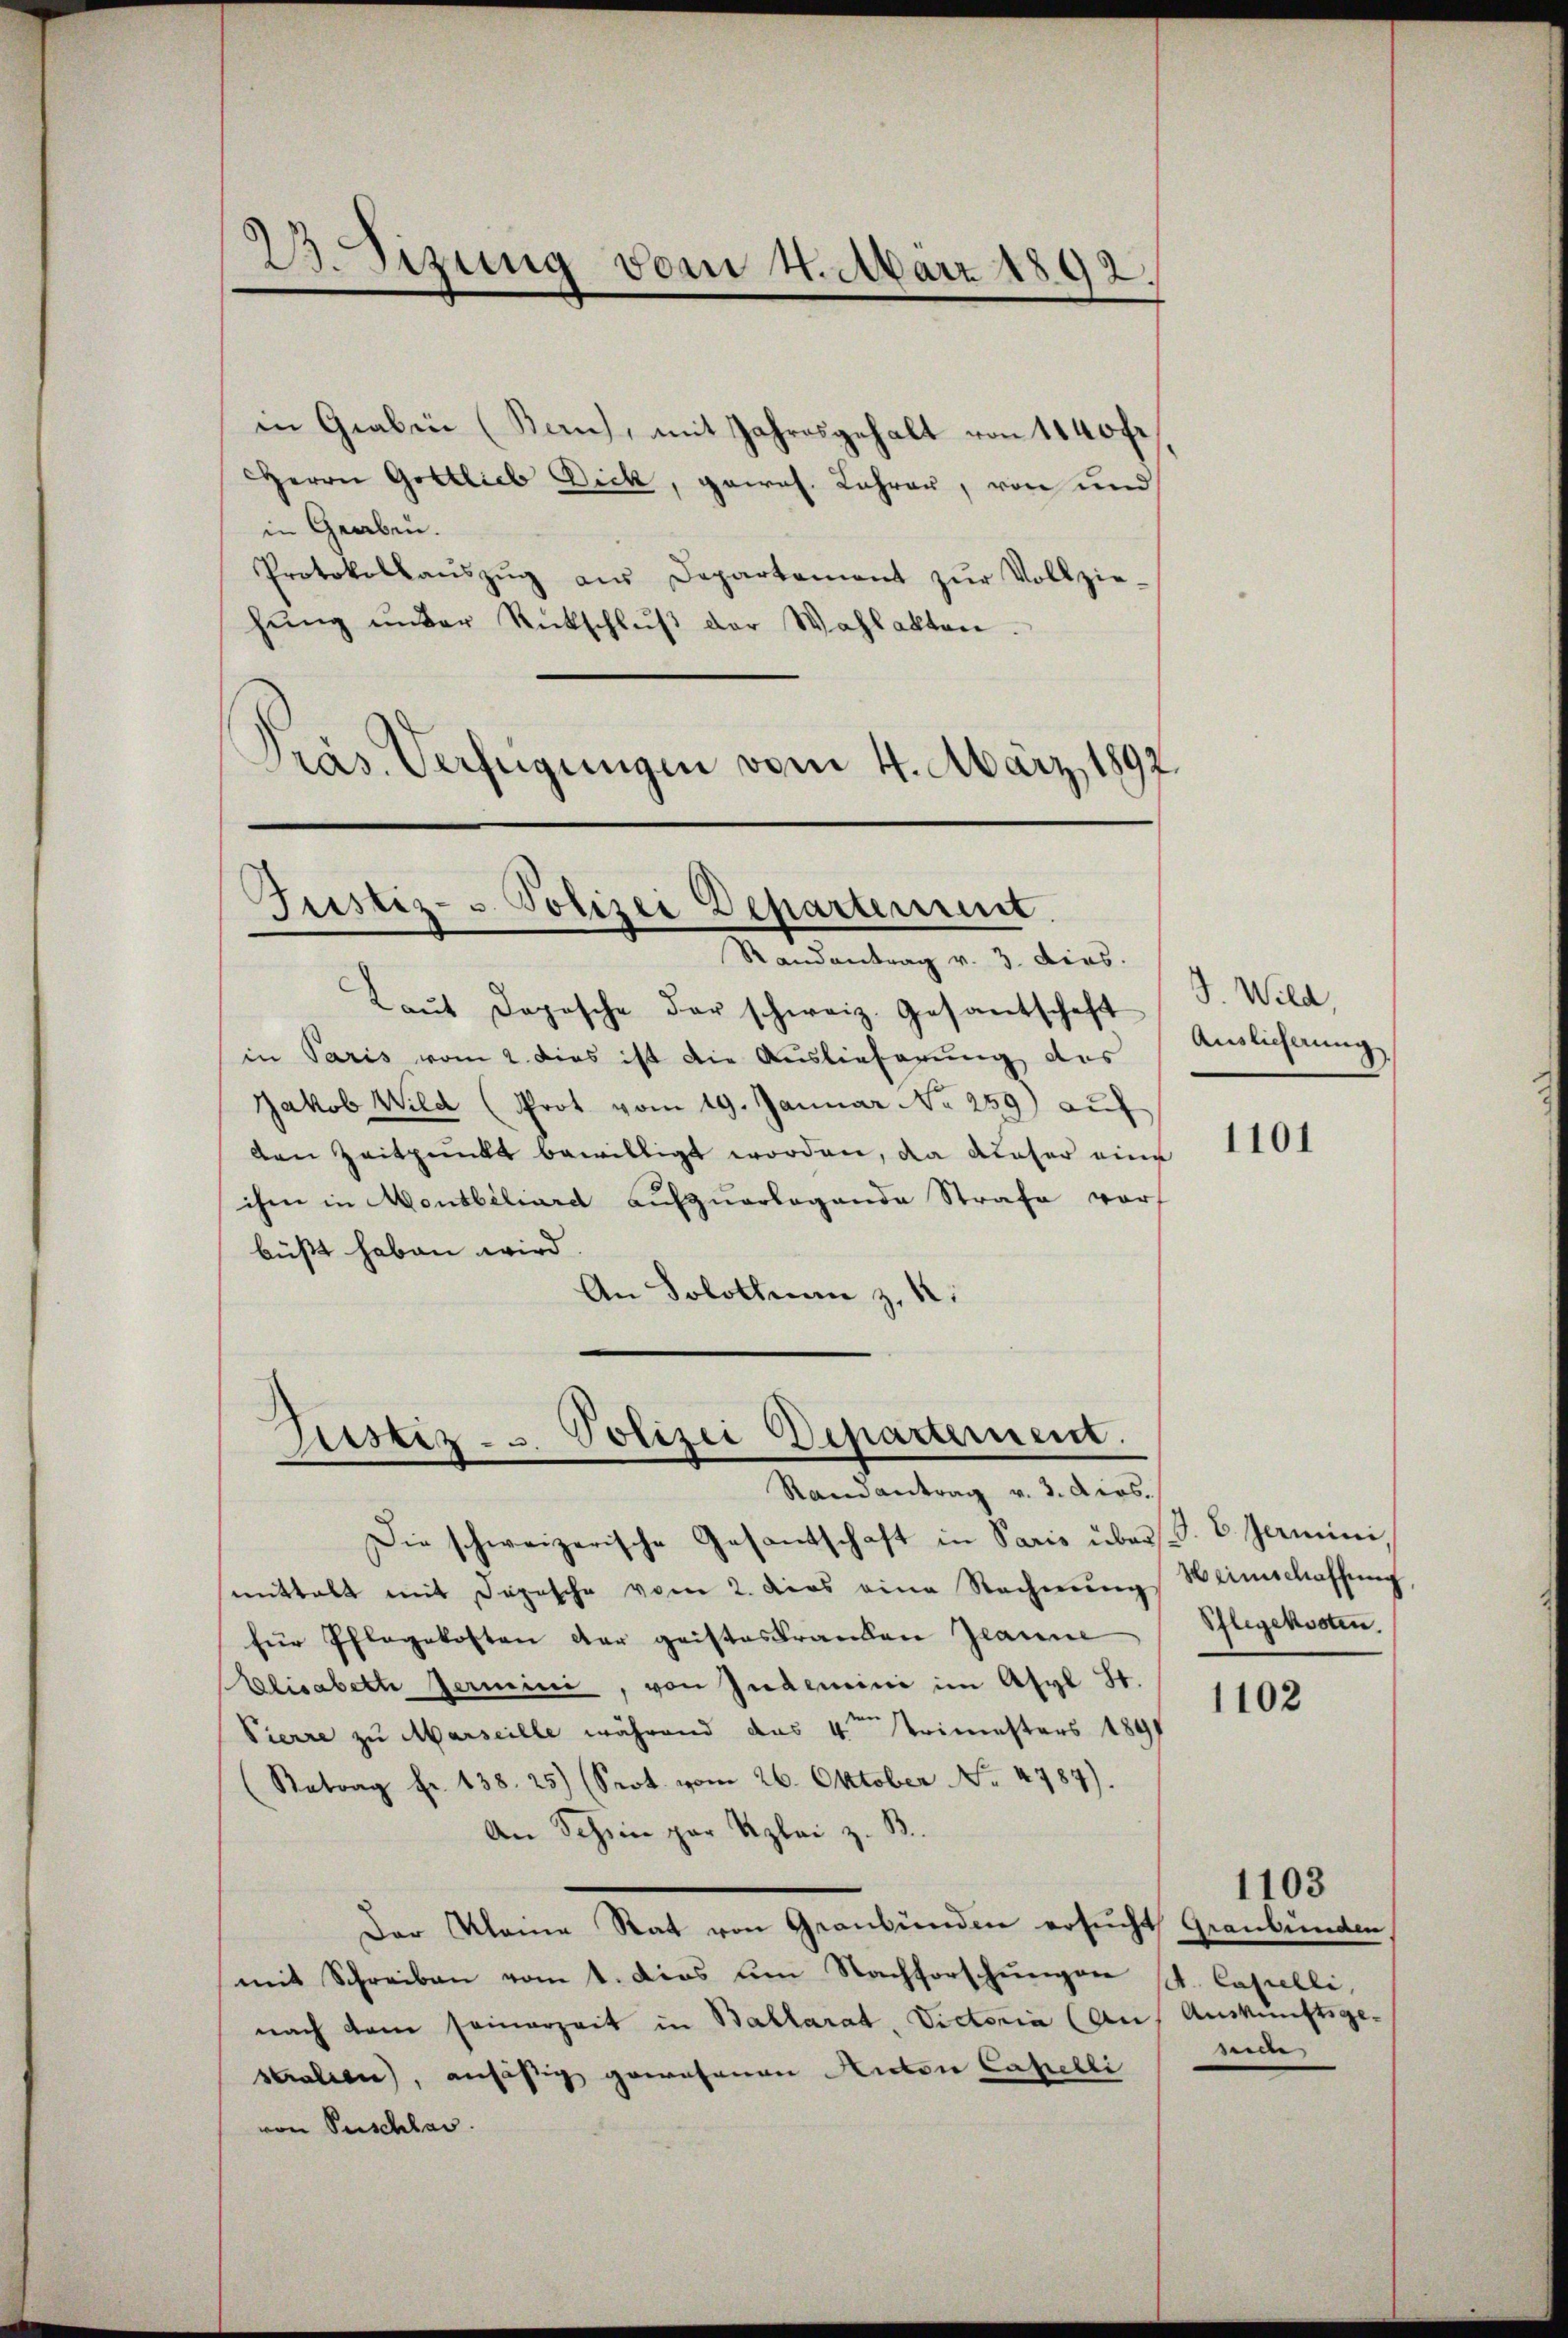
2. Sizung vom 4. März 1892.

in Graben (Ban), mit Jahresgehalt von 1140 fr
Herrn Gottlieb Dick, gewol. Lahren, von und
in Graben.
Protokollaŭszŭg aŭs Departement zŭr Vollzie-
hŭng ŭnder Rückschlŭβ der Wahlakten.
Präs. Verfügungen vom 4. März 1892.

Justiz- & Polizei Departement
—
Randantrag v. 3. dies.

Laut Depesche der schweiz. Gesandtschaft Gerlichnunge
in Paris vom 2. dies ist die Auslieferung des
Jakob Wild (Prot vom 19. Januar No 259) auf
den Zeitpunkt bewilligt worden, da dieser eine
ihm in Montbiliard aufzuerlegende Strafe vor
büßt haben wird
An Solothurn z. B.

Justiz- u. Polizei Departement.
.
Randantrag v. 3. dies.

Die schweizerische Gesandtschaft in Paris über S. E. Germini
mittalt mit Depesche vom 2. dies eine Rechnŭng Weinschaffŭng
für Pflegekosten der geisteskranden Jeanne
Elisabett Jermini, von Zudemini im Asyl St.
Pierre zu Marseille während das 4ten Trimesters 1891
(Retrag Fr. 138. 25) (Sept. vom 26. Oktober No. 4787).
An Schein par Uzlei z. B.
Der Kleine Rat von Graubünden ersucht
mit Schreiben vom 1. Dies um Nachforschungen St. Capelli,
nach dem seinerzeit in Ballarat, Victoria (Auf Auskunftsge¬
Stralien, ansäßig gewesenen Anton Capelli
von Puschlas

J. Wild,

1101

Pflegekosten.

1102

Grankenann
side

1103